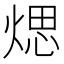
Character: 𤋘